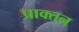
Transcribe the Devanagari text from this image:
प्राक्तन